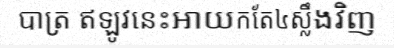
បាត្រ ឥឡូវនេះអាយកតែ៤ស្លឹងវិញ